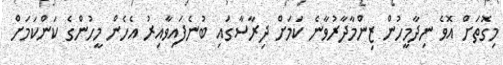
މިގޮތަށް އޮވެ ނިދާމީހުން ޒިންމާދާރުވާނެ ކަމަށް ދިރާސާގައި ބުނެފައިވާއިރު އެހެން މީހުންގެ ކަންކަމަށް